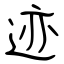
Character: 迹